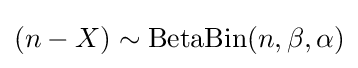
(n-X)\sim \mathrm {BetaBin} (n,\beta ,\alpha )